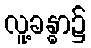
လူ့ခန္ဓာ၌